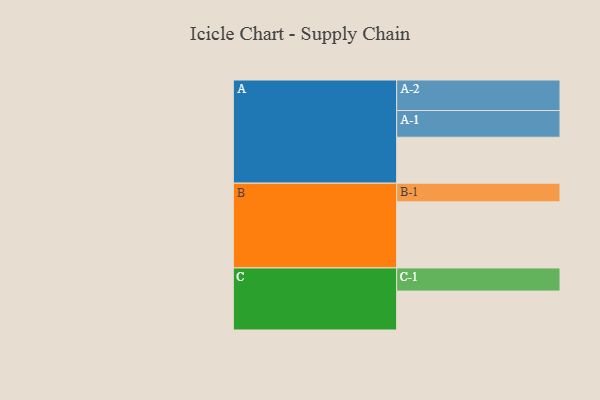
{"axis": {"x": "Segment", "y": "Value"}, "legend": ["", "A", "B", "C"], "data": [{"x": "A", "y": 411, "type": ""}, {"x": "B", "y": 591, "type": ""}, {"x": "C", "y": 348, "type": ""}, {"x": "A-1", "y": 239, "type": "A"}, {"x": "A-2", "y": 273, "type": "A"}, {"x": "B-1", "y": 167, "type": "B"}, {"x": "C-1", "y": 207, "type": "C"}]}